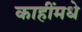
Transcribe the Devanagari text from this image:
काहींमधे